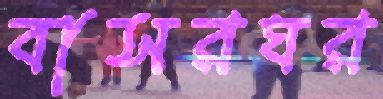
বাসরঘর